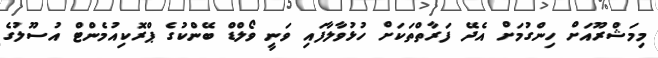
މިމަޝްރޫއަށް ހިންގުމަށް އެދޭ ފަރާތްތަކަށް ހުޅުވާލާފައި ވަނީ ވޯލްޑް ބޭންކުގެ ޕްރޮކިއުމެންޓް އުސޫލުގެ